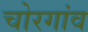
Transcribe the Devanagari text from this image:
चोरगांव